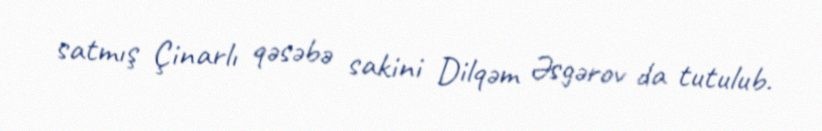
satmış Çinarlı qəsəbə sakini Dilqəm Əsgərov da tutulub.